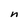
Character: n